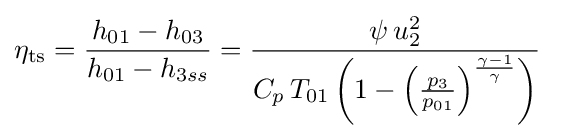
{\begin{aligned}\eta _{\text{ts}}&={\frac {h_{01}-h_{03}}{h_{01}-h_{3ss}}}={\frac {\psi \,u_{2}^{2}}{C_{p}\,T_{01}\left(1-\left({\frac {p_{3}}{p_{01}}}\right)^{\frac {\gamma -1}{\gamma }}\right)}}\end{aligned}}